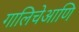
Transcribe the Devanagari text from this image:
गालिचेआणि